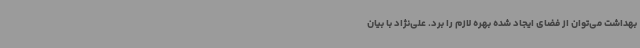
بهداشت می‌توان از فضای ایجاد شده بهره لازم را برد. علی‌نژاد با بیان